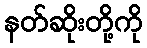
နတ်ဆိုးတို့ကို